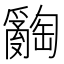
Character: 𤕅